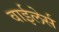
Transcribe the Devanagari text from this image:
वाईलेर्स